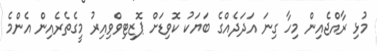
މުޅި ރާއްޖެއިން މިހާ ގިނަ އަދަދެއްގެ ބަޔަކު ކޮވިޑަށް ޕޮޒިޓިވްވިއިރު މީގެތެރެއިން އެންމެ